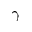
\gamma